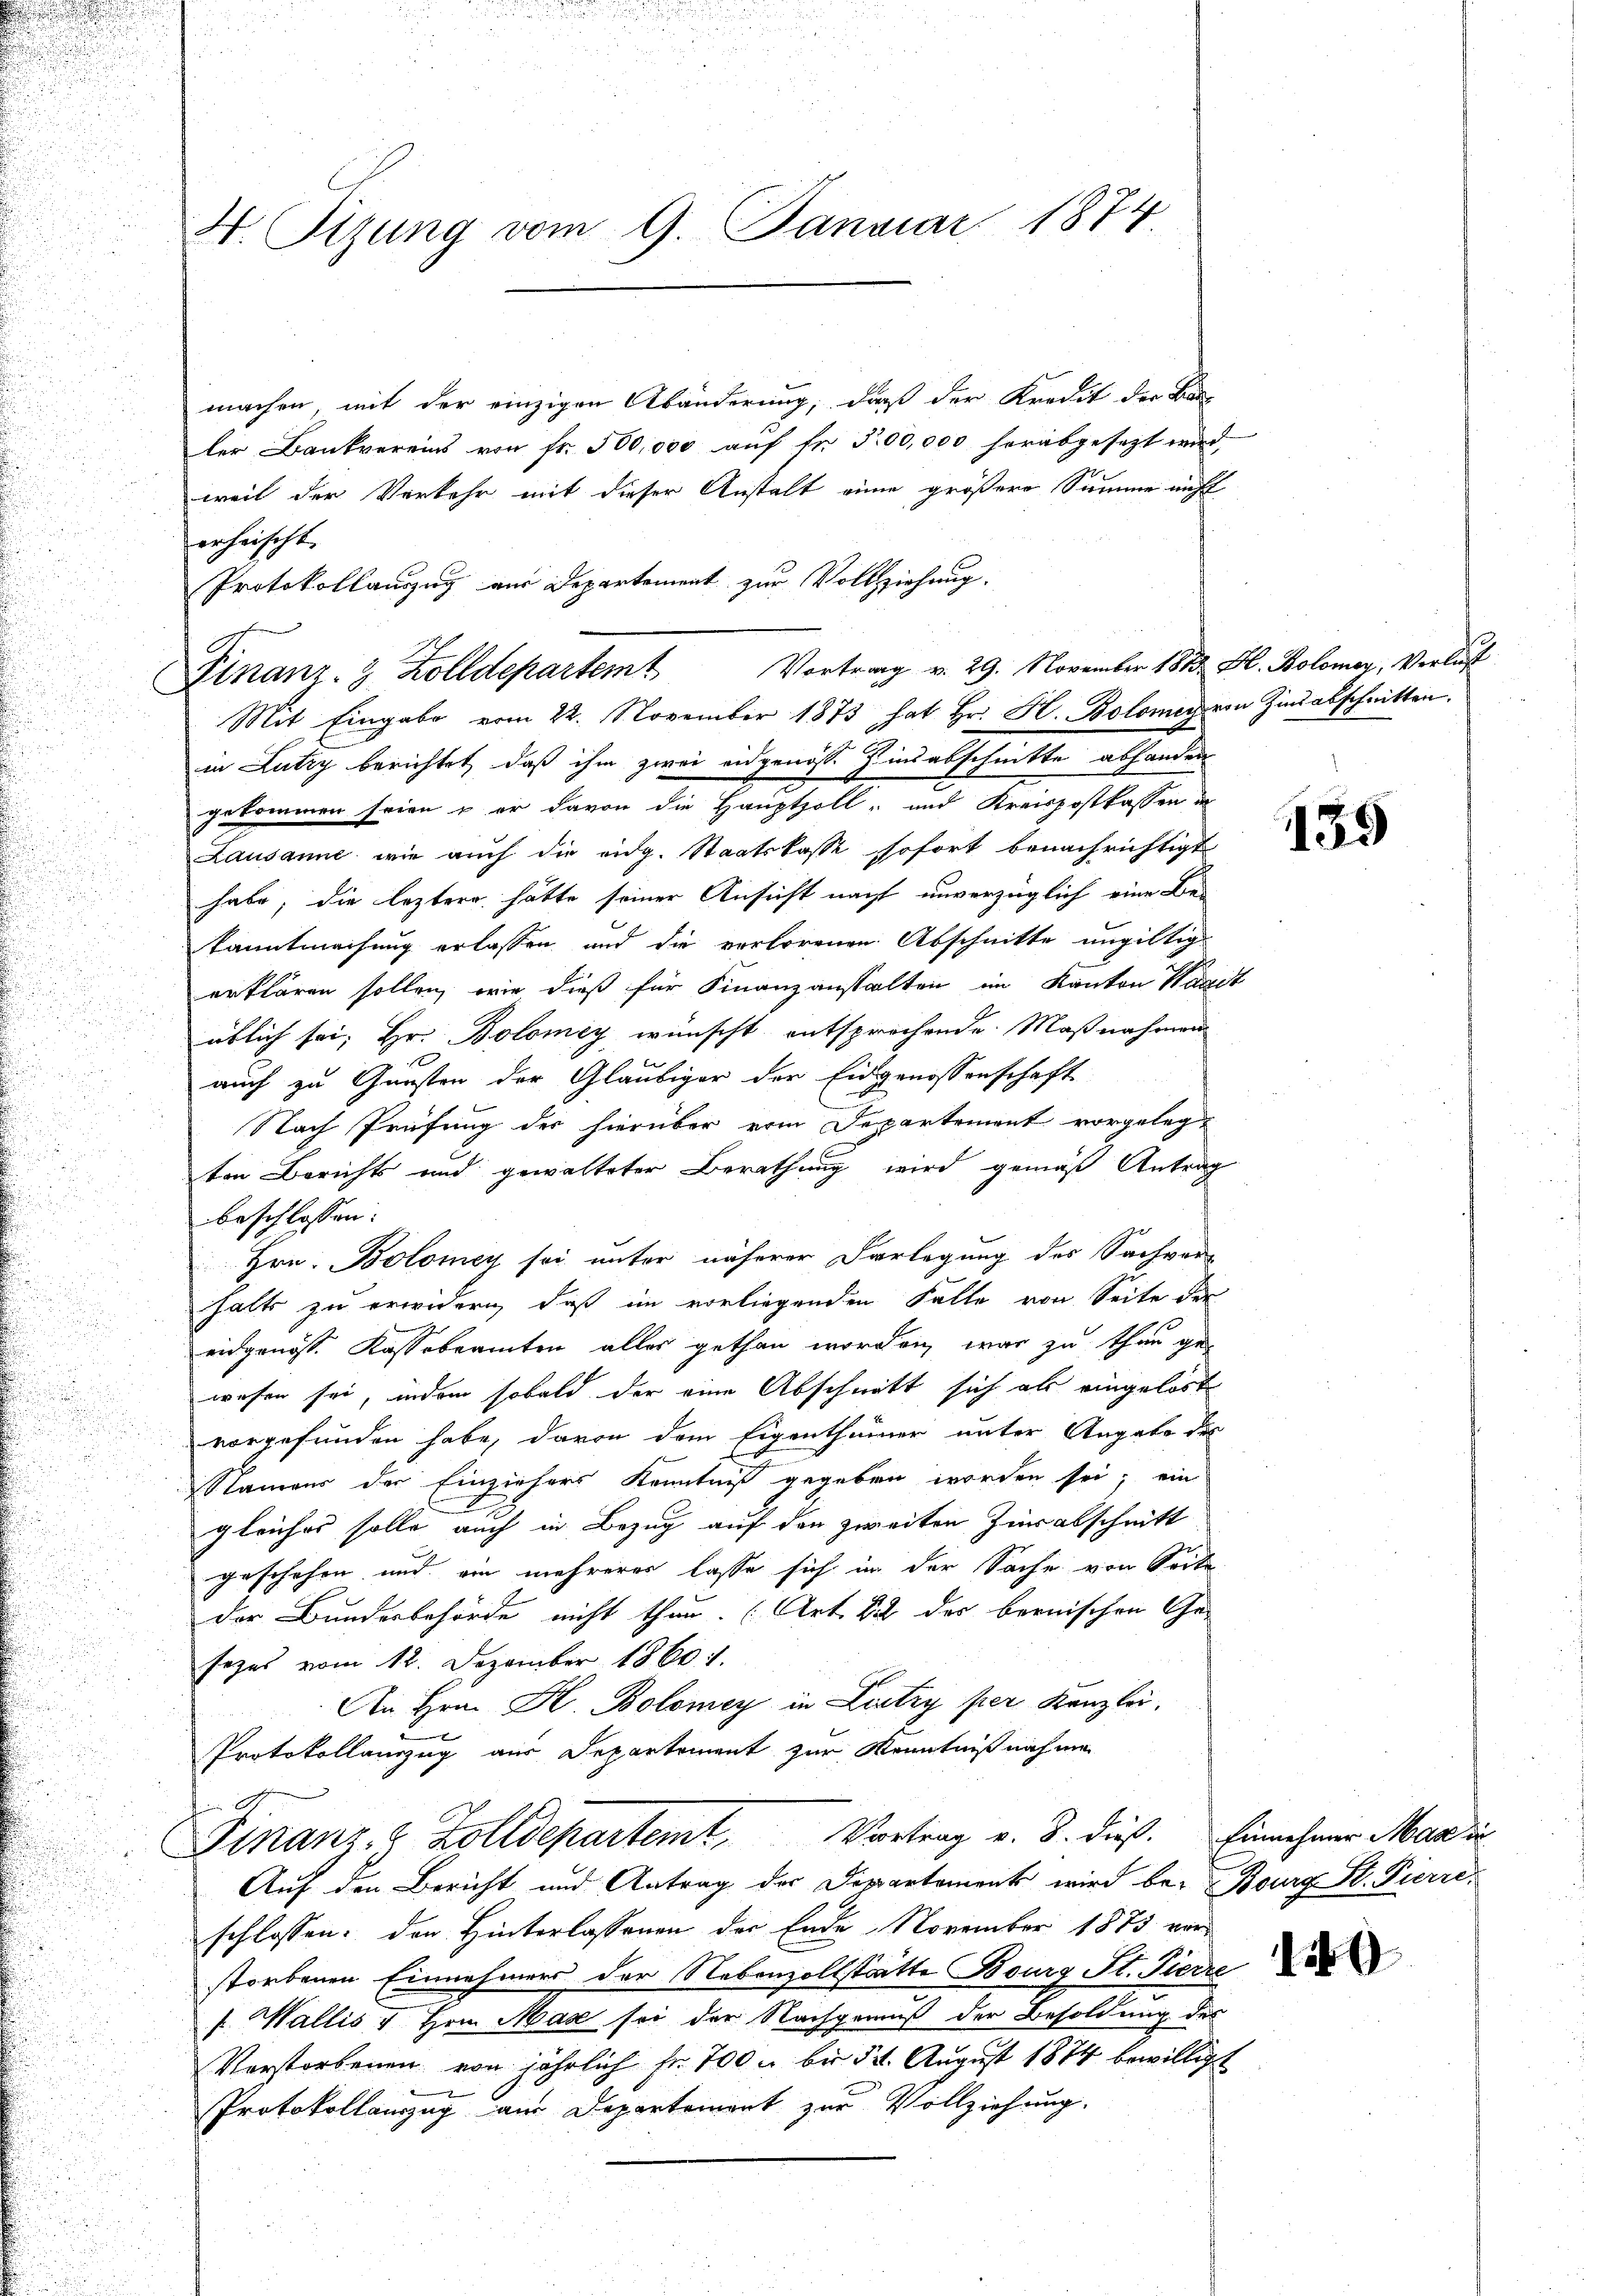
machen, mit der einzigen Abänderung, daß der Kredit der Bauler Bankvereins von fr. 500,000 aŭf fr. 300,000 herabgesezt wird.
weil der Verkehr mit dieser Anstalt eine größere Summe nicht
erheischt.
Finanz- & Zolldepartem Vortrag v. 29. November 1888 Al. Kolomer, Verlust
Mit Eingabe vom 22. November 1873 hat Hr. H. Bolome von Zins abschnitten.
in Lutry berichtet, daß ihm zwei eidgenosse Einsabschnitte abhanden
gekommen seien & er davon die Hauptzoll- und Kreispostkassen in
Lausanne, wie auch die eidg. Staatskasse sofort benachrichtigt
habe, die leztere hätte seiner Ansicht nacht unverzüglich eine Be-
kanntmachung erlassen und die verlorenen Abschnitte ungültig
erklären sollen, wie dieß für Finanzanstalten im Kanton Waadt
üblich sei; Hr. Bolomey wünscht entsprochende Maßnahmen

auch zu Gunsten der Gläubiger der Eidgenossenschaft
Nach Prüfung der hierüber vom Departement vorgelegt
ten Berichts und gewalteter Berathung wird gemäß Antrag
beschlossen:
Hrn. Bolomey sei unter näherer Vorlegung des Sachver-
halts zu erwidern, daß im vorliegenden Falle von Seite der
eidgenöss. Kassebeamten alles gethan worden, war zu thun ge-
wesen sei, indem sobald der eine Abschnitt sich als eingelöst
vorgefunden habe, davon dem Eigenthümer unter Angabe des
Namens der Einziehers Kenntniß gegeben worden sei; ein
gleiches solle auch in Bezug auf den zweiten Zierabschnitt
geschehen und ein mehrerer lasse sich in der Sache von Seite
der Bundesbehörde nicht thun. (Art. Si der bernischen Ge-
sezes vom 12. Dezember 1860 i
An Hrn. H. Bolomey in Lutry per Kanzlei.
e
Protokollauszug aus Departement zur Kenntniß nahme
Finanz. Z. Zolldepartemt, Vortrag v. 8. dieß. Einnehmer Man in
Auf den Bericht und Antrag der Departement wird be- Bourg St. Pierre
schlossen: der Hinterlassenen der Ende November 1875 vor
storbenen Einnehmers der Nebenzollstätte Bourg St. Pierre
f Wallis u Hrrn Mag sei der Nachgemäß der Besoldung des
Verstorbenen von jährlich fr. 700 bis 52. August 1874 bewilligt
e
Protokollanzzug am Departement zur Vollziehung.

H. Sizung vom 9. Januar 1874.

Protokollauszug aus Departement zur Vollziehung.

139